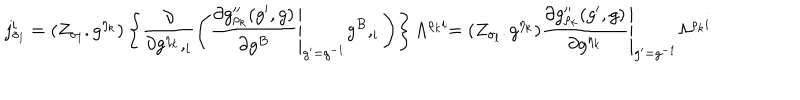
LaTeX: j _ { \sigma _ { l } } ^ { i } = ( Z _ { \sigma _ { l } } . g ^ { \eta _ { k } } ) \left\{ \frac { \partial } { \partial g ^ { \eta _ { k } } , _ { i } } \left( \left. \frac { \partial g _ { \rho _ { k } } ^ { \prime \prime } ( g ^ { \prime } , g ) } { \partial g ^ { B } } \right| _ { g ^ { \prime } = g ^ { - 1 } } g ^ { B } , _ { i } \right) \right\} \Lambda ^ { \rho _ { k } i } \left. = ( Z _ { \sigma _ { l } } . g ^ { \eta _ { k } } ) \frac { \partial g _ { \rho _ { k } } ^ { \prime \prime } ( g ^ { \prime } , g ) } { \partial g ^ { \eta _ { k } } } \right| _ { g ^ { \prime } = g ^ { - 1 } } \Lambda ^ { \rho _ { k } i }